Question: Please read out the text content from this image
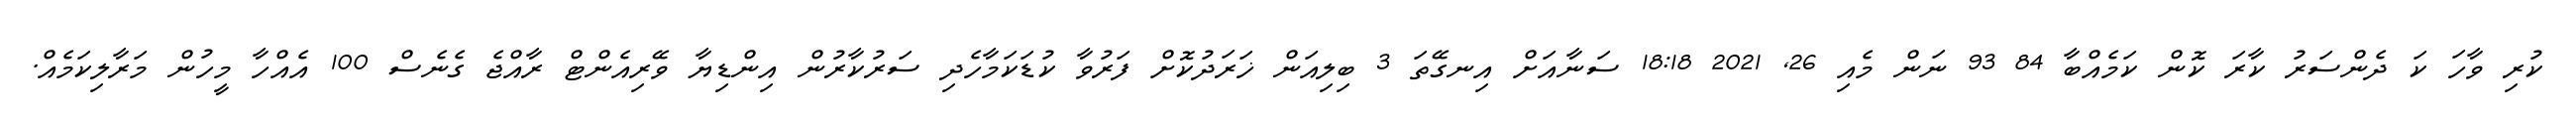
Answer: ކުރި ވާހަ ކަ ދެންސަރު ކާރަ ކޮން ކަމެއްބާ 84 93 ނަން މެއި 26, 2021 18:18 ސަނާއަށް އިނގޭތަ 3 ބިލިއަން ޚަރަދުކޮށް ފަރުވާ ކުޑަކަމާހެދި ސަރުކާރުން އިންޑިޔާ ވޭރިއެންޓް ރާއްޖެ ގެނެސް 100 އެއްހާ މީހުން މަރާލިކަމެއް.